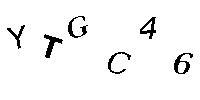
YTGC46